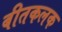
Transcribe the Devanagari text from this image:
बीतकलक